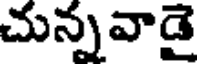
చున్నవాడై